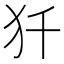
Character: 𰠾